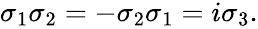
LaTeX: \begin{array}{r}{\sigma_{1}\sigma_{2}=-\sigma_{2}\sigma_{1}=i\sigma_{3}.}\end{array}